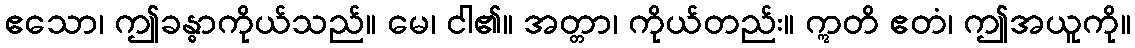
ဧသော၊ ဤခန္ဓာကိုယ်သည်။ မေ၊ ငါ၏။ အတ္တာ၊ ကိုယ်တည်း။ ဣတိ ဧတံ၊ ဤအယူကို။